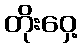
တိုးဝှေ့